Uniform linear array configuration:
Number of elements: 48
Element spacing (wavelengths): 0.75
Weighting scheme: kaiser
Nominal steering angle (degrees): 45
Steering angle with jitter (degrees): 43.869
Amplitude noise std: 0.05
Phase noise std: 0.05

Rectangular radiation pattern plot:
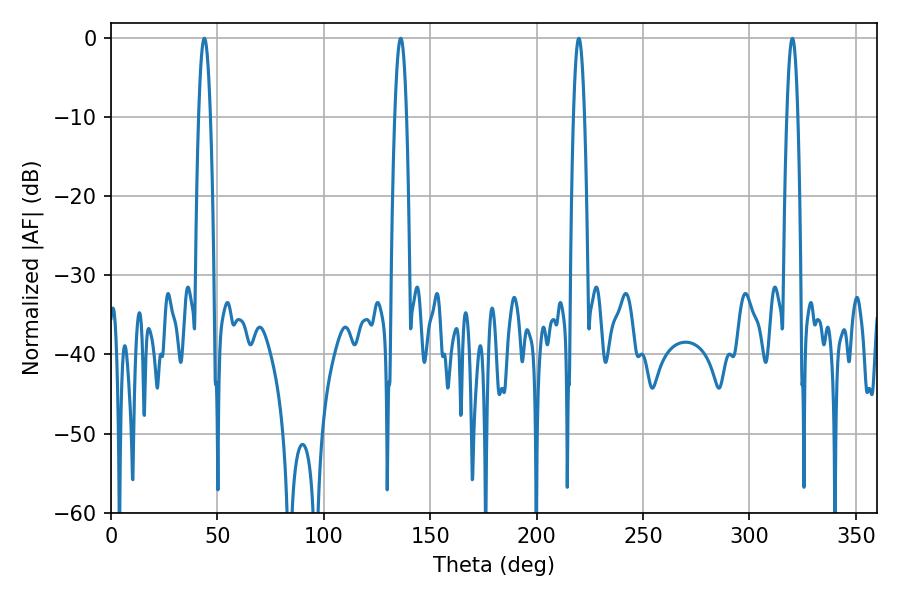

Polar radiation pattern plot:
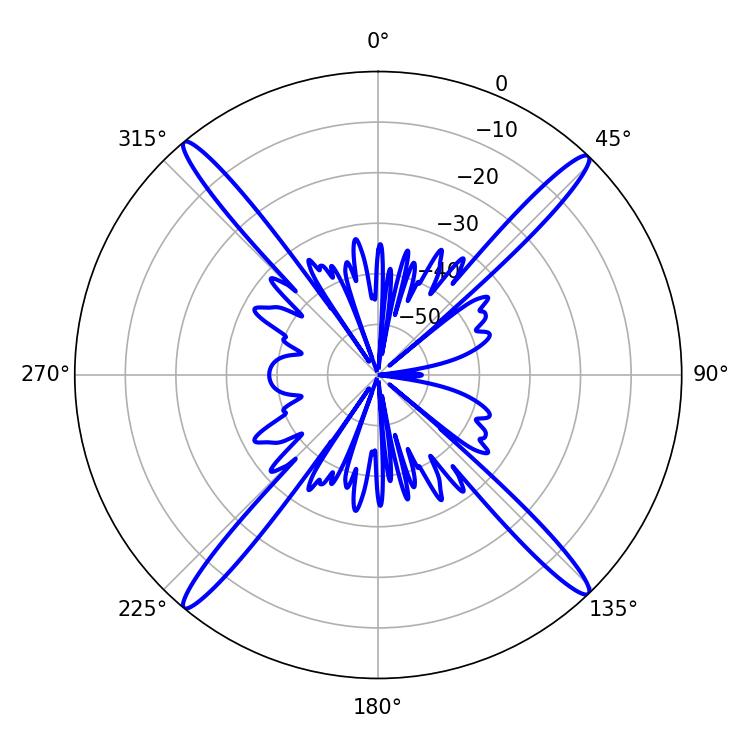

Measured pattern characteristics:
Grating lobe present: TRUE
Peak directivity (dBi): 22.772
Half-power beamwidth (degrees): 2.7
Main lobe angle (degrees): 219.78